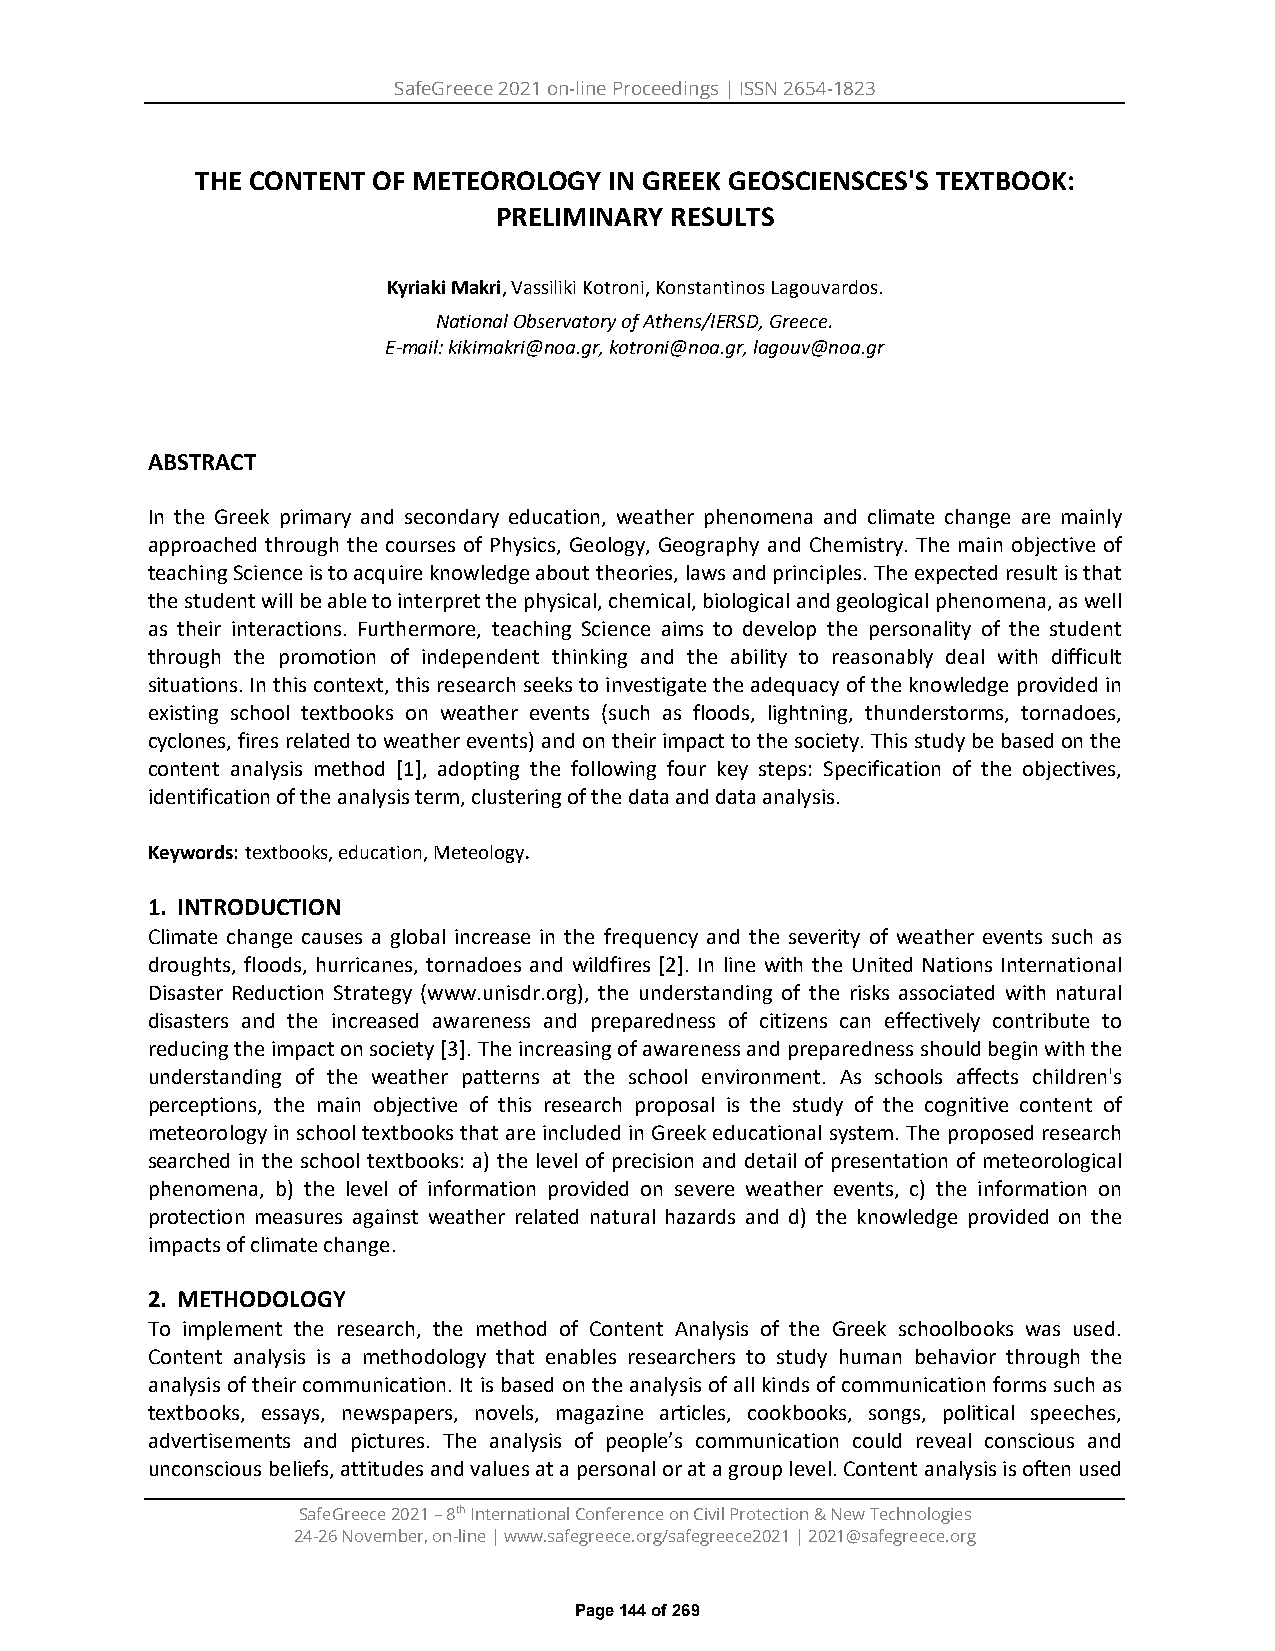
SafeGreece 2021 on-line Proceedings | ISSN 2654-1823
 THE CONTENT OF METEOROLOGY IN GREEK GEOSCIENSCES'S TEXTBOOK:
 PRELIMINARY RESULTS
 Kyriaki Makri, Vassiliki Kotroni, Konstantinos Lagouvardos.
 National Observatory of Athens/ΙERSD, Greece.
 E-mail: kikimakri@noa.gr, kotroni@noa.gr, lagouv@noa.gr
 ABSTRACT
 In the Greek primary and secondary education, weather phenomena and climate change are mainly
 approached through the courses of Physics, Geology, Geography and Chemistry. The main objective of
 teaching Science is to acquire knowledge about theories, laws and principles. The expected result is that
 the student will be able to interpret the physical, chemical, biological and geological phenomena, as well
 as their interactions. Furthermore, teaching Science aims to develop the personality of the student
 through the promotion of independent thinking and the ability to reasonably deal with difficult
 situations. In this context, this research seeks to investigate the adequacy of the knowledge provided in
 existing school textbooks on weather events (such as floods, lightning, thunderstorms, tornadoes,
 cyclones, fires related to weather events) and on their impact to the society. This study be based on the
 content analysis method [1], adopting the following four key steps: Specification of the objectives,
 identification of the analysis term, clustering of the data and data analysis.
 Keywords: textbooks, education, Meteology.
 1. INTRODUCTION
 Climate change causes a global increase in the frequency and the severity of weather events such as
 droughts, floods, hurricanes, tornadoes and wildfires [2]. In line with the United Nations International
 Disaster Reduction Strategy (www.unisdr.org), the understanding of the risks associated with natural
 disasters and the increased awareness and preparedness of citizens can effectively contribute to
 reducing the impact on society [3]. The increasing of awareness and preparedness should begin with the
 understanding of the weather patterns at the school environment. As schools affects children's
 perceptions, the main objective of this research proposal is the study of the cognitive content of
 meteorology in school textbooks that are included in Greek educational system. The proposed research
 searched in the school textbooks: a) the level of precision and detail of presentation of meteorological
 phenomena, b) the level of information provided on severe weather events, c) the information on
 protection measures against weather related natural hazards and d) the knowledge provided on the
 impacts of climate change.
 2. METHODOLOGY
 To implement the research, the method of Content Analysis of the Greek schoolbooks was used.
 Content analysis is a methodology that enables researchers to study human behavior through the
 analysis of their communication. It is based on the analysis of all kinds of communication forms such as
 textbooks, essays, newspapers, novels, magazine articles, cookbooks, songs, political speeches,
 advertisements and pictures. The analysis of people’s communication could reveal conscious and
 unconscious beliefs, attitudes and values at a personal or at a group level. Content analysis is often used
 SafeGreece 2021 – 8th International Conference on Civil Protection & New Technologies
 24-26 November, on-line | www.safegreece.org/safegreece2021 | 2021@safegreece.org
 Page 144 of 269